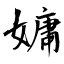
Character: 嫞